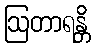
ဩတာရန္တိ